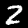
Label: 2